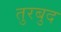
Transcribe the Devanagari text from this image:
तुरबुद